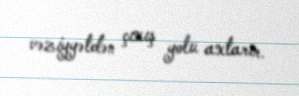
vəziyyətdən çıxış yolu axtarır.